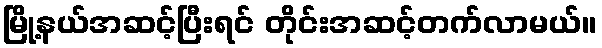
မြို့နယ်အဆင့်ပြီးရင် တိုင်းအဆင့်တက်လာမယ်။